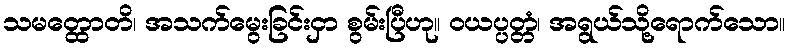
သမတ္ထောတိ၊ အသက်မွေးခြင်းငှာ စွမ်းပြီဟု။ ဝယပ္ပတ္တံ၊ အရွယ်သို့ရောက်သော။